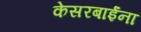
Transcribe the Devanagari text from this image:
केसरबाईंना